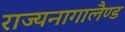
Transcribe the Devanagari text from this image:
राज्यनागालैण्ड